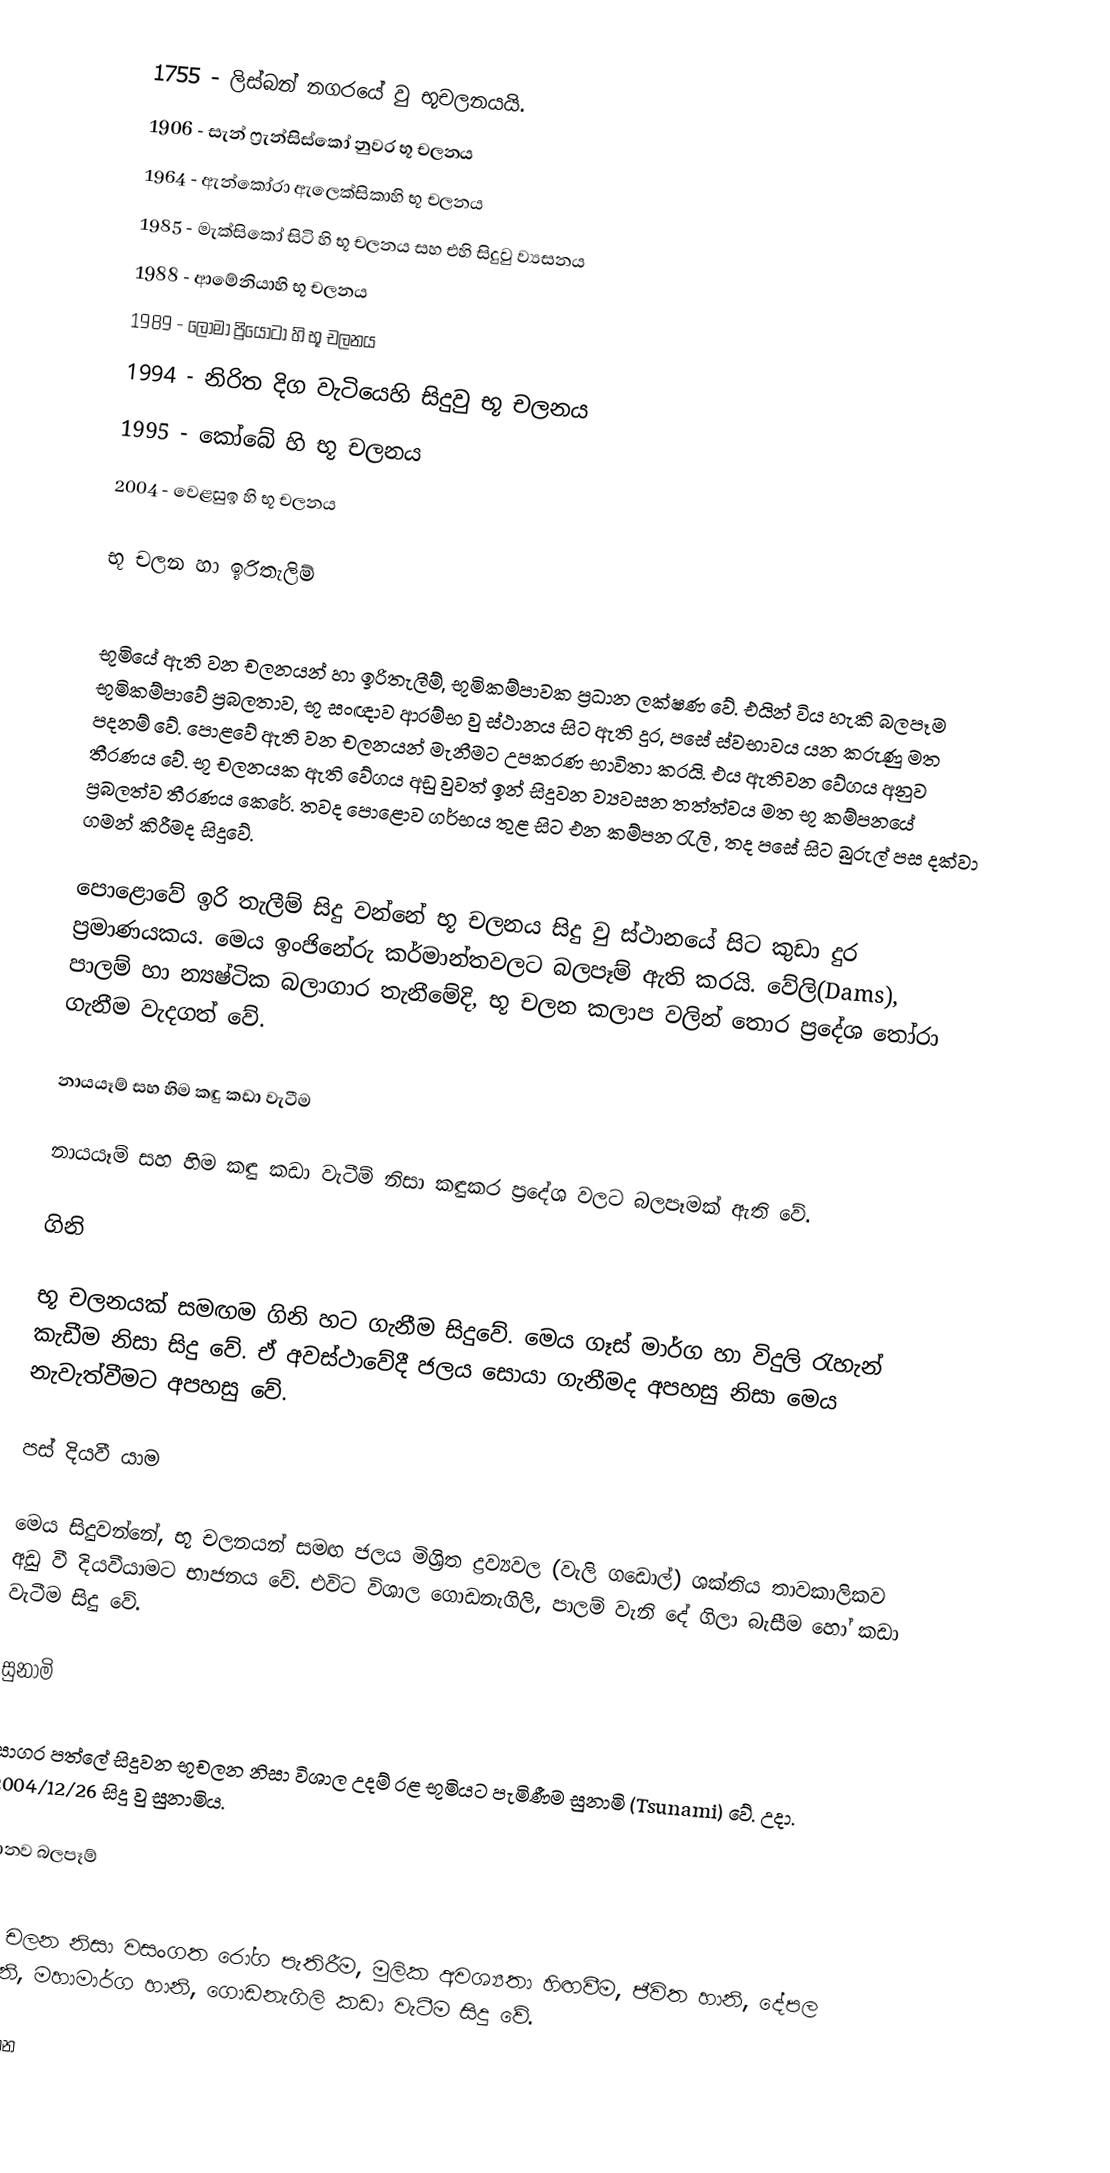
1755	 - 	ලිස්බන් නගරයේ වු භූචලනයයි.
	1906 	- 	සැන් ෆ්‍රැන්සිස්කෝ නුවර භූ චලනය
1964	 -	 ඇන්කෝරා ඇලෙක්සිකාහි භූ චලනය
	1985 	- 	මැක්සිකෝ සිටි හි භූ චලනය සහ එහි සිදුවු ව්‍යසනය
	1988	-	 ආමේනියාහි භූ චලනය
	1989 	- 	ලෝමා ප්‍රියෝටා හි භූ චලනය
	1994	-	නිරිත දිග වැටියෙහි සිදුවු භූ චලනය
	1995	-	කෝබේ හි භූ චලනය
	2004	-	වෙළසුඉ හි භූ චලනය

භූ චලන හා ඉරිතැලිම්

භූමියේ ඇති වන චලනයන් හා ඉරිතැලීම්, භූමිකම්පාවක ප්‍රධාන ලක්ෂණ වේ. එයින් විය හැකි බලපෑම භූමිකම්පාවේ ප්‍රබලතාව, භූ සංඥාව ආරම්භ වු ස්ථානය සිට ඇති දුර, පසේ ස්වභාවය යන කරුණු  මත පදනම් වේ. පොළවේ ඇති වන චලනයන් මැනීමට උපකරණ භාවිතා කරයි. එය ඇතිවන වේගය අනුව තීරණය වේ. භූ චලනයක ඇති වේගය අඩු වුවත් ඉන් සිදුවන ව්‍යවසන තත්ත්වය මත භූ කම්පනයේ ප්‍රබලත්ව තීරණය කෙරේ. තවද පොළොව ගර්භය තුළ සිට එන කම්පන රැලි , තද පසේ සිට බුරුල් පස දක්වා ගමන් කිරීමද සිදුවේ.

පොළොවේ ඉරි තැලීම් සිදු වන්නේ භූ චලනය සිදු වු ස්ථානයේ සිට කුඩා දුර ප්‍රමාණයකය. මෙය ඉංජිනේරු කර්මාන්තවලට බලපෑම් ඇති කරයි. වේලි(Dams), පාලම් හා න්‍යෂ්ටික බලාගාර තැනීමේදි, භූ චලන කලාප වලින් තොර ප්‍රදේශ තෝරා ගැනීම වැදගත් වේ.

නායයෑම් සහ හිම කඳු කඩා වැටීම

නායයෑම් සහ හිම කඳු කඩා වැටීම් නිසා කඳුකර ප්‍රදේශ වලට බලපෑමක් ඇති වේ.

ගිනි

භූ චලනයක් සමඟම ගිනි හට ගැනීම සිදුවේ. මෙය ගෑස් මාර්ග හා විදුලි රැහැන් කැඩීම නිසා සිදු වේ. ඒ අවස්ථාවේදී ජලය සොයා ගැනීමද අපහසු නිසා මෙය නැවැත්වීමට අපහසු වේ.

පස් දියවී යාම

මෙය සිදුවන්නේ, භූ චලනයන් සමඟ ජලය මිශ්‍රිත ද්‍රව්‍යවල (වැලි ගඩොල්) ශක්තිය තාවකාලිකව අඩු වී දියවීයාමට භාජනය වේ. එවිට විශාල ගොඩනැගිලි, පාලම් වැනි දේ ගිලා බැසීම හෝ කඩා වැටීම සිදු වේ.

සුනාමි

සාගර පත්ලේ සිදුවන භූචලන නිසා විශාල උදම් රළ භූමියට පැමිණීම සුනාමි (Tsunami) වේ. උදා. 2004/12/26 සිදු වු සුනාමිය.

මානව බලපෑම්

භූ චලන නිසා වසංගත රෝග පැතිරීම, මුලික අවශ්‍යතා හිඟවීම, ජීවිත හානි, දේපල හානි, මහාමාර්ග හානි, ගොඩනැගිලි කඩා වැටීම සිදු වේ.

සටහන